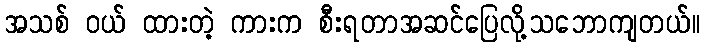
အသစ် ဝယ် ထားတဲ့ ကားက စီးရတာအဆင်ပြေလို့သဘောကျတယ်။